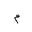
Letter: _mim